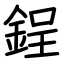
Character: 鋥